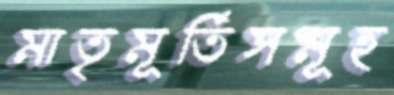
মাতৃমূর্তিসমূহ